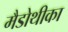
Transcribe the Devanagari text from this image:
मैडोथीका